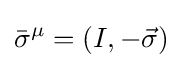
{\bar {\sigma }}^{\mu }=(I,-{\vec {\sigma }})